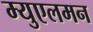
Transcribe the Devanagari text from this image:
म्युएलमन